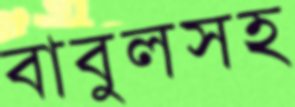
বাবুলসহ